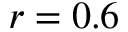
r = 0 . 6